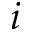
i